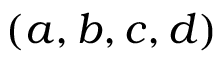
( a , b , c , d )